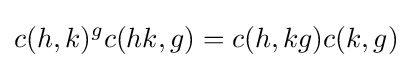
c(h,k)^{g}c(hk,g)=c(h,kg)c(k,g)